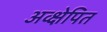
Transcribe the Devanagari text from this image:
अव्क्षेपित